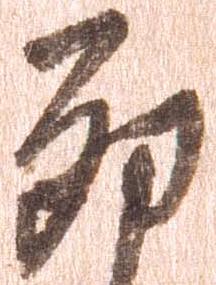
卯